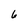
Character: 6